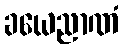
ခယေညာဏံ